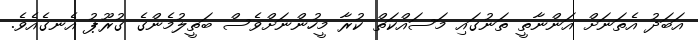
އަބަދު އެތަނަށް އަންނާތީ ތަނުގައި މަސައްކަތް ކުރާ މީހުންނަށްވެސް ބަތީލުމެންގެ ގުރޫޕު އެނގެއެވެ.